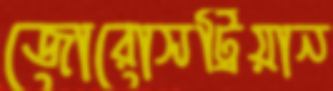
জোরোসট্রিয়ান